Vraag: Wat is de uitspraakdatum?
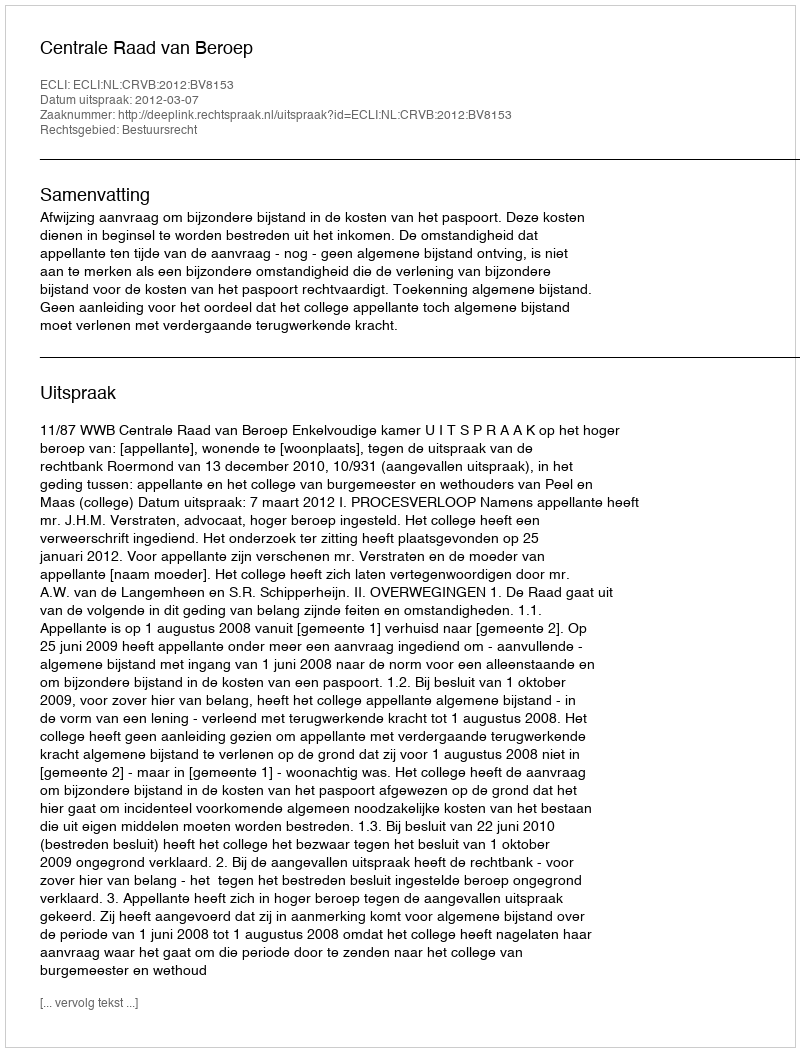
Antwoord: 2012-03-07